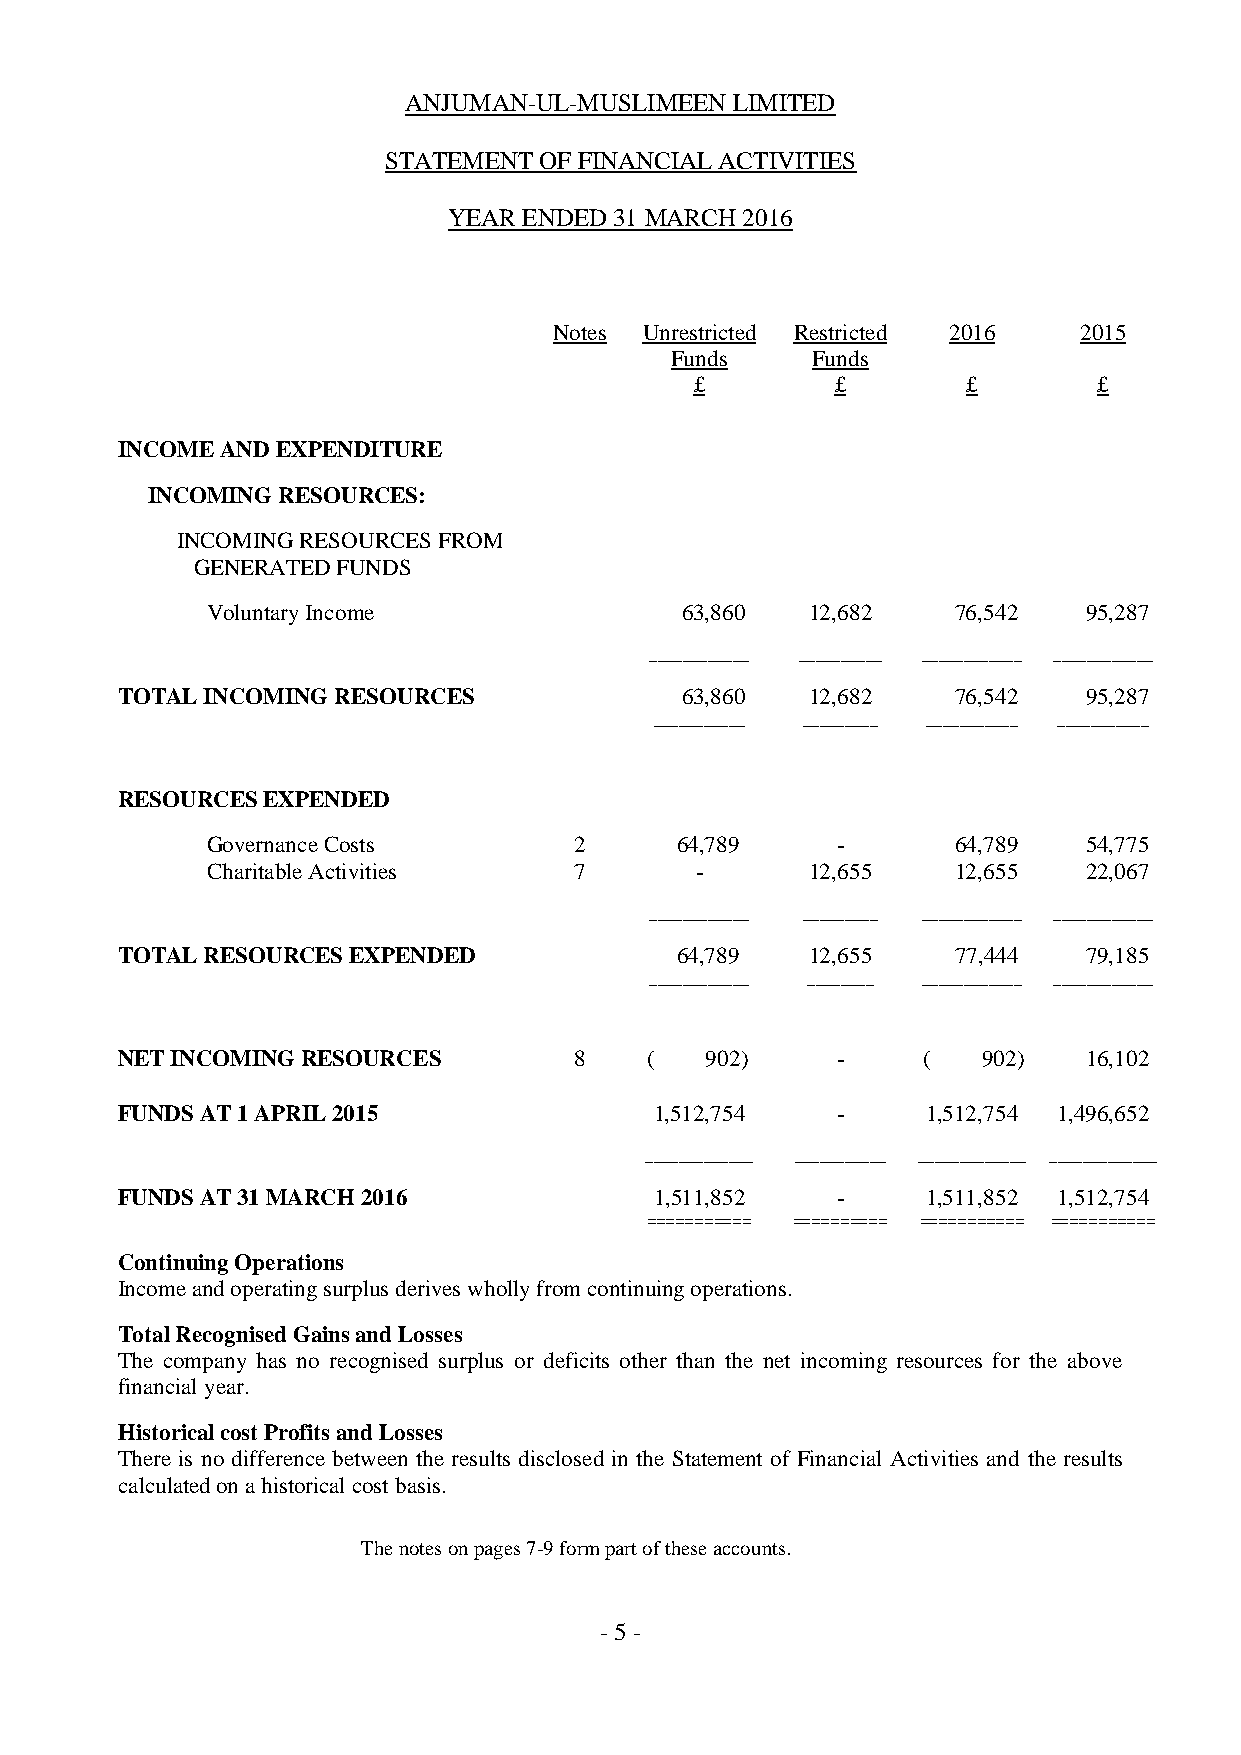
ANJUMAN-UL-MUSLIMEEN LIMITED
 STATEMENT  OF FINANCIAL ACTIVITIES
 YEAR ENDED 31 MARCH 2016
 Notes Unrestricted Restricted 2016 2015
 Funds     Funds
 £        £        £        £
 INCOME AND EXPENDITURE
 INCOMING RESOURCES:
 INCOMING RESOURCES FROM
 GENERATED FUNDS
 Voluntary Income               63,860   12,682   76,542   95,287
 ____________ __________ ____________ ____________
 TOTAL INCOMING RESOURCES             63,860   12,682   76,542   95,287
 ___________ _________ ___________ ___________
 RESOURCES EXPENDED
 Governance Costs        2      64,789    -       64,789   54,775
 Charitable Activities   7       -       12,655   12,655   22,067
 ____________ _________ ____________ ____________
 TOTAL RESOURCES EXPENDED             64,789   12,655   77,444   79,185
 ____________ ________ ____________ ____________
 NET INCOMING RESOURCES        8    (   902)    -     (   902)   16,102
 FUNDS AT 1 APRIL 2015              1,512,754   -     1,512,754 1,496,652
 _____________ ___________ _____________ _____________
 FUNDS AT 31 MARCH 2016             1,511,852   -     1,511,852 1,512,754
 =========== ========== =========== ===========
 Continuing Operations
 Income and operating surplus derives wholly from continuing operations.
 Total Recognised Gains and Losses
 The company has no recognised surplus or deficits other than the net incoming resources for the above
 financial year.
 Historical cost Profits and Losses
 There is no difference between the results disclosed in the Statement of Financial Activities and the results
 calculated on a historical cost basis.
 The notes on pages 7-9 form part of these accounts.
 - 5 -